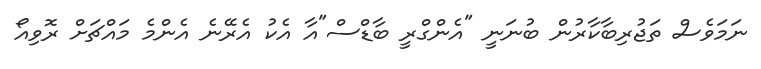
ނަމަވެސް ތަޖުރިބާކާރުން ބުނަނީ "އެންގްރީ ބާޑްސް"އާ އެކު އެރޭނެ އެންމެ މައްޗަށް ރޮވިއޯ